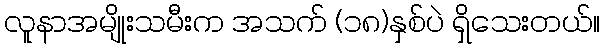
လူနာအမျိုးသမီးက အသက် (၁၈)နှစ်ပဲ ရှိသေးတယ်။